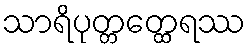
သာရိပုတ္တတ္ထေရဿ